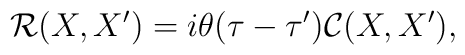
{\mathcal R}(X,X')= i\theta (\tau - \tau') { \mathcal C}(X,X'),